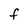
Character: f